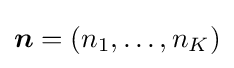
{\boldsymbol {n}}=(n_{1},\dots ,n_{K})